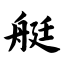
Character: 艇